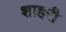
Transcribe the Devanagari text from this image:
शाहरी